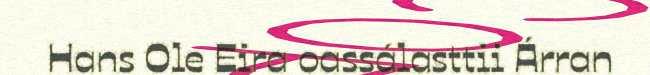
Hans Ole Eira oassálasttii Árran